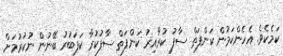
ކަމެކެވެ. އެހެންކަމުން ކަންފަތް ސާފު ކުރާއިރު ކަންފަތް ސާފުކުރާ ކަފަބުރު ބޭނުން ނުކުރުމަށް